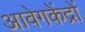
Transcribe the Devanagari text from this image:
आवेगकेंद्रों